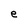
Character: e